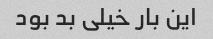
این بار خیلی بد بود